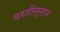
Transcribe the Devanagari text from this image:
वस्तीनुसार